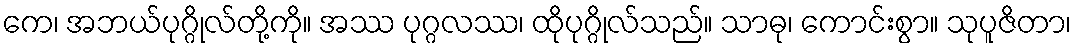
ကေ၊ အဘယ်ပုဂ္ဂိုလ်တို့ကို။ အဿ ပုဂ္ဂလဿ၊ ထိုပုဂ္ဂိုလ်သည်။ သာဓု၊ ကောင်းစွာ။ သုပူဇိတာ၊